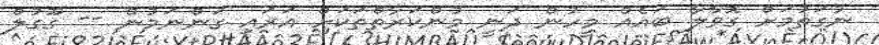
ނުގަތުމަށް ގޮވާލާ ބައެއް މީހުން ދަނީ މުންކަރާތްތަކަށް އަރައި ގަންނަމުން -- ގޫގުލް